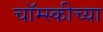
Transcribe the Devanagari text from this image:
चॉम्स्कीच्या